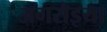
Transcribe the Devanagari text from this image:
अगरोइया